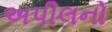
અપીલનો